Document type: Emphyteutic lease
Year: 1283
Scribe: Pere Marquès
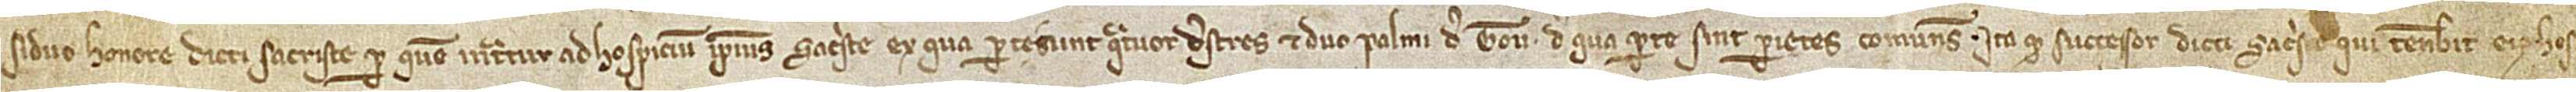
siduo honore dicti sacriste per quem intratur ad hospicium ipsius sacristie, ex qua pertegunt quatuor destres et duo palmi de tou, de qua parte sint parietes comunes, ita quod successor dicti sacriste qui tenebit eius hos-